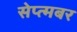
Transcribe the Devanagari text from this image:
सेप्त्मबर